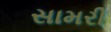
સામરી